Annual administration report of the Civil Veterinary Department of India - 1896-1897
Year: 1896
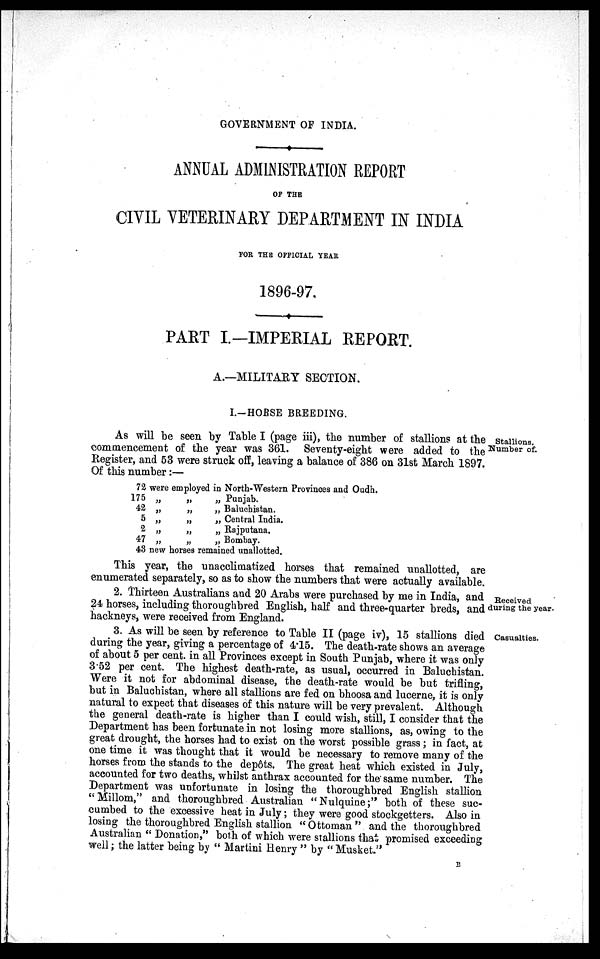
GOVERNMENT OF INDIA.
ANNUAL ADMINISTRATION REPORT
OF THE
CIVIL VETERINARY DEPARTMENT IN INDIA
FOR THE OFFICIAL YEAR
1896-97.
PART I.-IMPERIAL REPORT.
A.—MILITARY SECTION.
I.-HORSE BREEDING.
Stallions.
Number of.
As will be seen by Table I (page iii), the number of stallions at the
commencement of the year was 361. Seventy-eight were added to the
Register, and 53 were struck off, leaving a balance of 386 on 31st March 1897.
Of this number:—
72 were employed in North-Western Provinces and Oudh.
175 „
42 „
5 „
2 „
47 „
„
„
„
„
„
„ Punjab.
„ Baluchistan.
„ Central India.
„ Rajputana.
„ Bombay.
43 new horses remained unallotted.
This year, the unacclimatized horses that remained unallotted, are
enumerated separately, so as to show the numbers that were actually available.
Received
during the year
2. Thirteen Australians and 20 Arabs were purchased by me in India, and
24 horses, including thoroughbred English, half and three-quarter breds, and
hackneys, were received from England.
Casualties.
3. As will be seen by reference to Table II (page iv), 15 stallions died
during the year, giving a percentage of 4.15. The death-rate shows an average
of about 5 per cent. in all Provinces except in South Punjab, where it was only
3.52 per cent. The highest death-rate, as usual, occurred in Baluchistan.
Were it not for abdominal disease, the death-rate would be but trifling,
but in Baluchistan, where all stallions are fed on bhoosa and lucerne, it is only
natural to expect that diseases of this nature will be very prevalent. Although
the general death-rate is higher than I could wish, still, I consider that the
Department has been fortunate in not losing more stallions, as, owing to the
great drought, the horses had to exist on the worst possible grass; in fact, at
one time it was thought that it would be necessary to remove many of the
horses from the stands to the depôts. The great heat which existed in July,
accounted for two deaths, whilst anthrax accounted for the same number. The
Department was unfortunate in losing the thoroughbred English stallion
"Millom," and thoroughbred Australian "Nulquine;" both of these suc-
cumbed to the excessive heat in July; they were good stockgetters. Also in
losing the thoroughbred English stallion "Ottoman" and the thoroughbred
Australian "Donation," both of which were stallions that promised exceeding
well; the latter being by "Martini Henry" by "Musket."
B